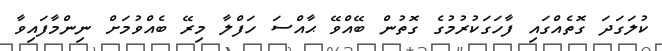
ކުލަގަދަ ގޮތެއްގައި ފާހަގަކުރުމުގެ ގޮތުން ބޭއްވޭ ޙާއްސަ ހަފްލާ މިރޭ ބެއްވުމަށް ނިންމާފައިވާ